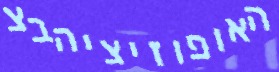
האופוזיציהבצ